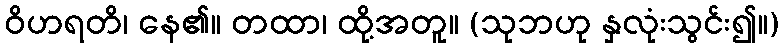
ဝိဟရတိ၊ နေ၏။ တထာ၊ ထို့အတူ။ (သုဘဟု နှလုံးသွင်း၍။)